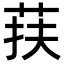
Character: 荴